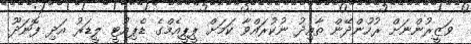
ވަޒީރުންނަށް ރުހުންދޭން ތާއިދު ނުކުރައްވާ ކަމަށް ޕީޕީއެމްގެ ޑެޕިއުޓީ ލީޑަރު އަދި ފޮނަދޫ